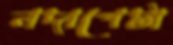
নদাপেটা